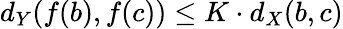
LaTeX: d_{Y}(f(b),f(c))\leq K\cdot d_{X}(b,c)